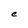
Character: e